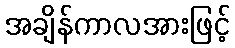
အချိန်ကာလအားဖြင့်